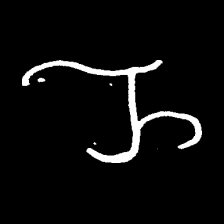
Pyu character \u2014 Myanmar letter: ည (romanized: nya)